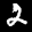
Label: 2